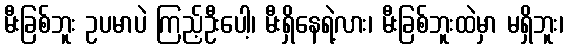
မီးခြစ်ဘူး ဥပမာပဲ ကြည့်ဦးပေါ့၊ မီးရှိနေရဲ့လား၊ မီးခြစ်ဘူးထဲမှာ မရှိဘူး၊